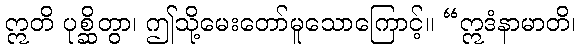
ဣတိ ပုစ္ဆိတွာ၊ ဤသို့မေးတော်မူသောကြောင့်။ “ဣဒံနာမာတိ၊